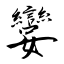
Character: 孌